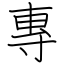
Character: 專